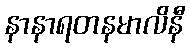
နာနာရတနမာလိနီ